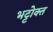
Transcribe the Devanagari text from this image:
भट्टोक्त